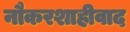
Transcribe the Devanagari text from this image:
नौकरशाहीवाद